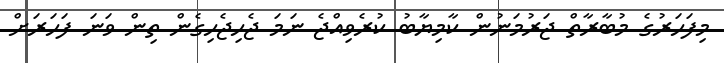
މިފަހަރުގެ މުބާރާތް ޖަރުމަނުން ކާމިޔާބު ކުރެވިއްޖެ ނަމަ ޖެހިޖެހިގެން ތިން ވަނަ ފަހަރަށް